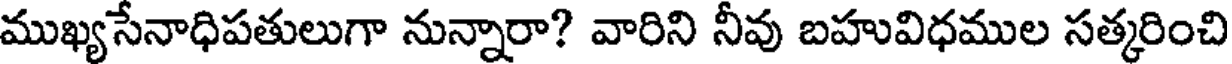
ముఖ్యసేనాధిపతులుగా నున్నారా? వారిని నీవు బహువిధముల సత్కరించి